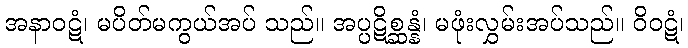
အနာဝဋံ၊ မပိတ်မကွယ်အပ် သည်။ အပ္ပဋိစ္ဆန္နံ၊ မဖုံးလွှမ်းအပ်သည်။ ဝိဝဋံ၊